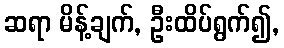
ဆရာ မိန့်ချက်, ဦးထိပ်ရွက်၍,